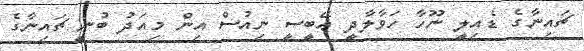
ޗައިނާގެ ޑެއިލީ ނޫހާ ހަވާލާދީ ޢޭބީސީ ނިއުސް އިން މިއަދު ބުނީ ޗައިނާގެ